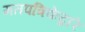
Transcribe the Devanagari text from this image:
मतपत्रिकेद्वारे